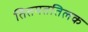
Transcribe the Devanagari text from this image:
तितमततिलक